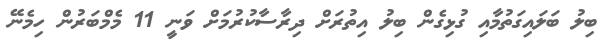
ބިލު ބަލައިގަތުމާއި ގުޅިގެން ބިލު އިތުރަށް ދިރާސާކުރުމަށް ވަނީ 11 މެމްބަރުން ހިމެނޭ